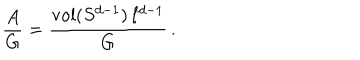
\frac { A } { G } = \frac { \mathrm { v o l } ( S ^ { d - 1 } ) \, \ell ^ { d - 1 } } { G } \, .